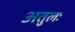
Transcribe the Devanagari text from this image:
अतुलः